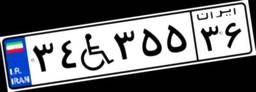
۳۴W۳۵۵۳۶